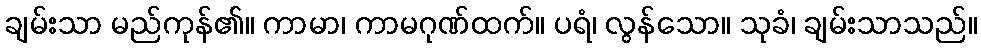
ချမ်းသာ မည်ကုန်၏။ ကာမာ၊ ကာမဂုဏ်ထက်။ ပရံ၊ လွန်သော။ သုခံ၊ ချမ်းသာသည်။